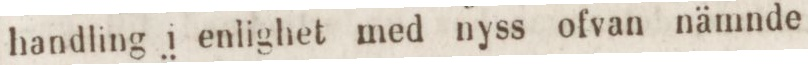
handling i enlighet med nyss ofvan nämnde